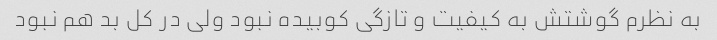
به نظرم گوشتش به کیفیت و تازگی کوبیده نبود ولی در کل بد هم نبود